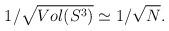
LaTeX: \begin{align*}1/\sqrt{Vol(S^3)} \simeq 1/\sqrt{N}.\end{align*}